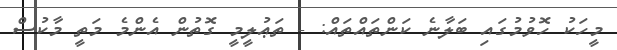
މީހަކު ހޮވުމުގައި ބަލާނެ ކަންތައްތައް: - ތަޢުލީމީ ގޮތުން އެންމެ މަތީ މާކުސް